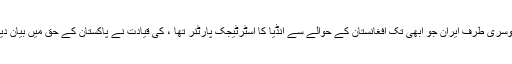
دوسری طرف ایران جو ابھی تک افغانستان کے حوالے سے انڈیا کا اسٹرٹیجک پارٹنر تھا ، کی قیادت نے پاکستان کے حق میں بیان دیا۔